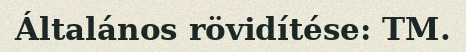
Általános rövidítése: TM.